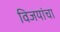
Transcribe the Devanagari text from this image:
विजयांचा